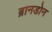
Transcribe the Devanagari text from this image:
ब्रानडोन